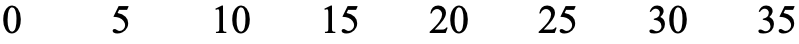
0  5   10 15  20 25  30  35